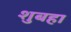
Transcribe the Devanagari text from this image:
शुबहा